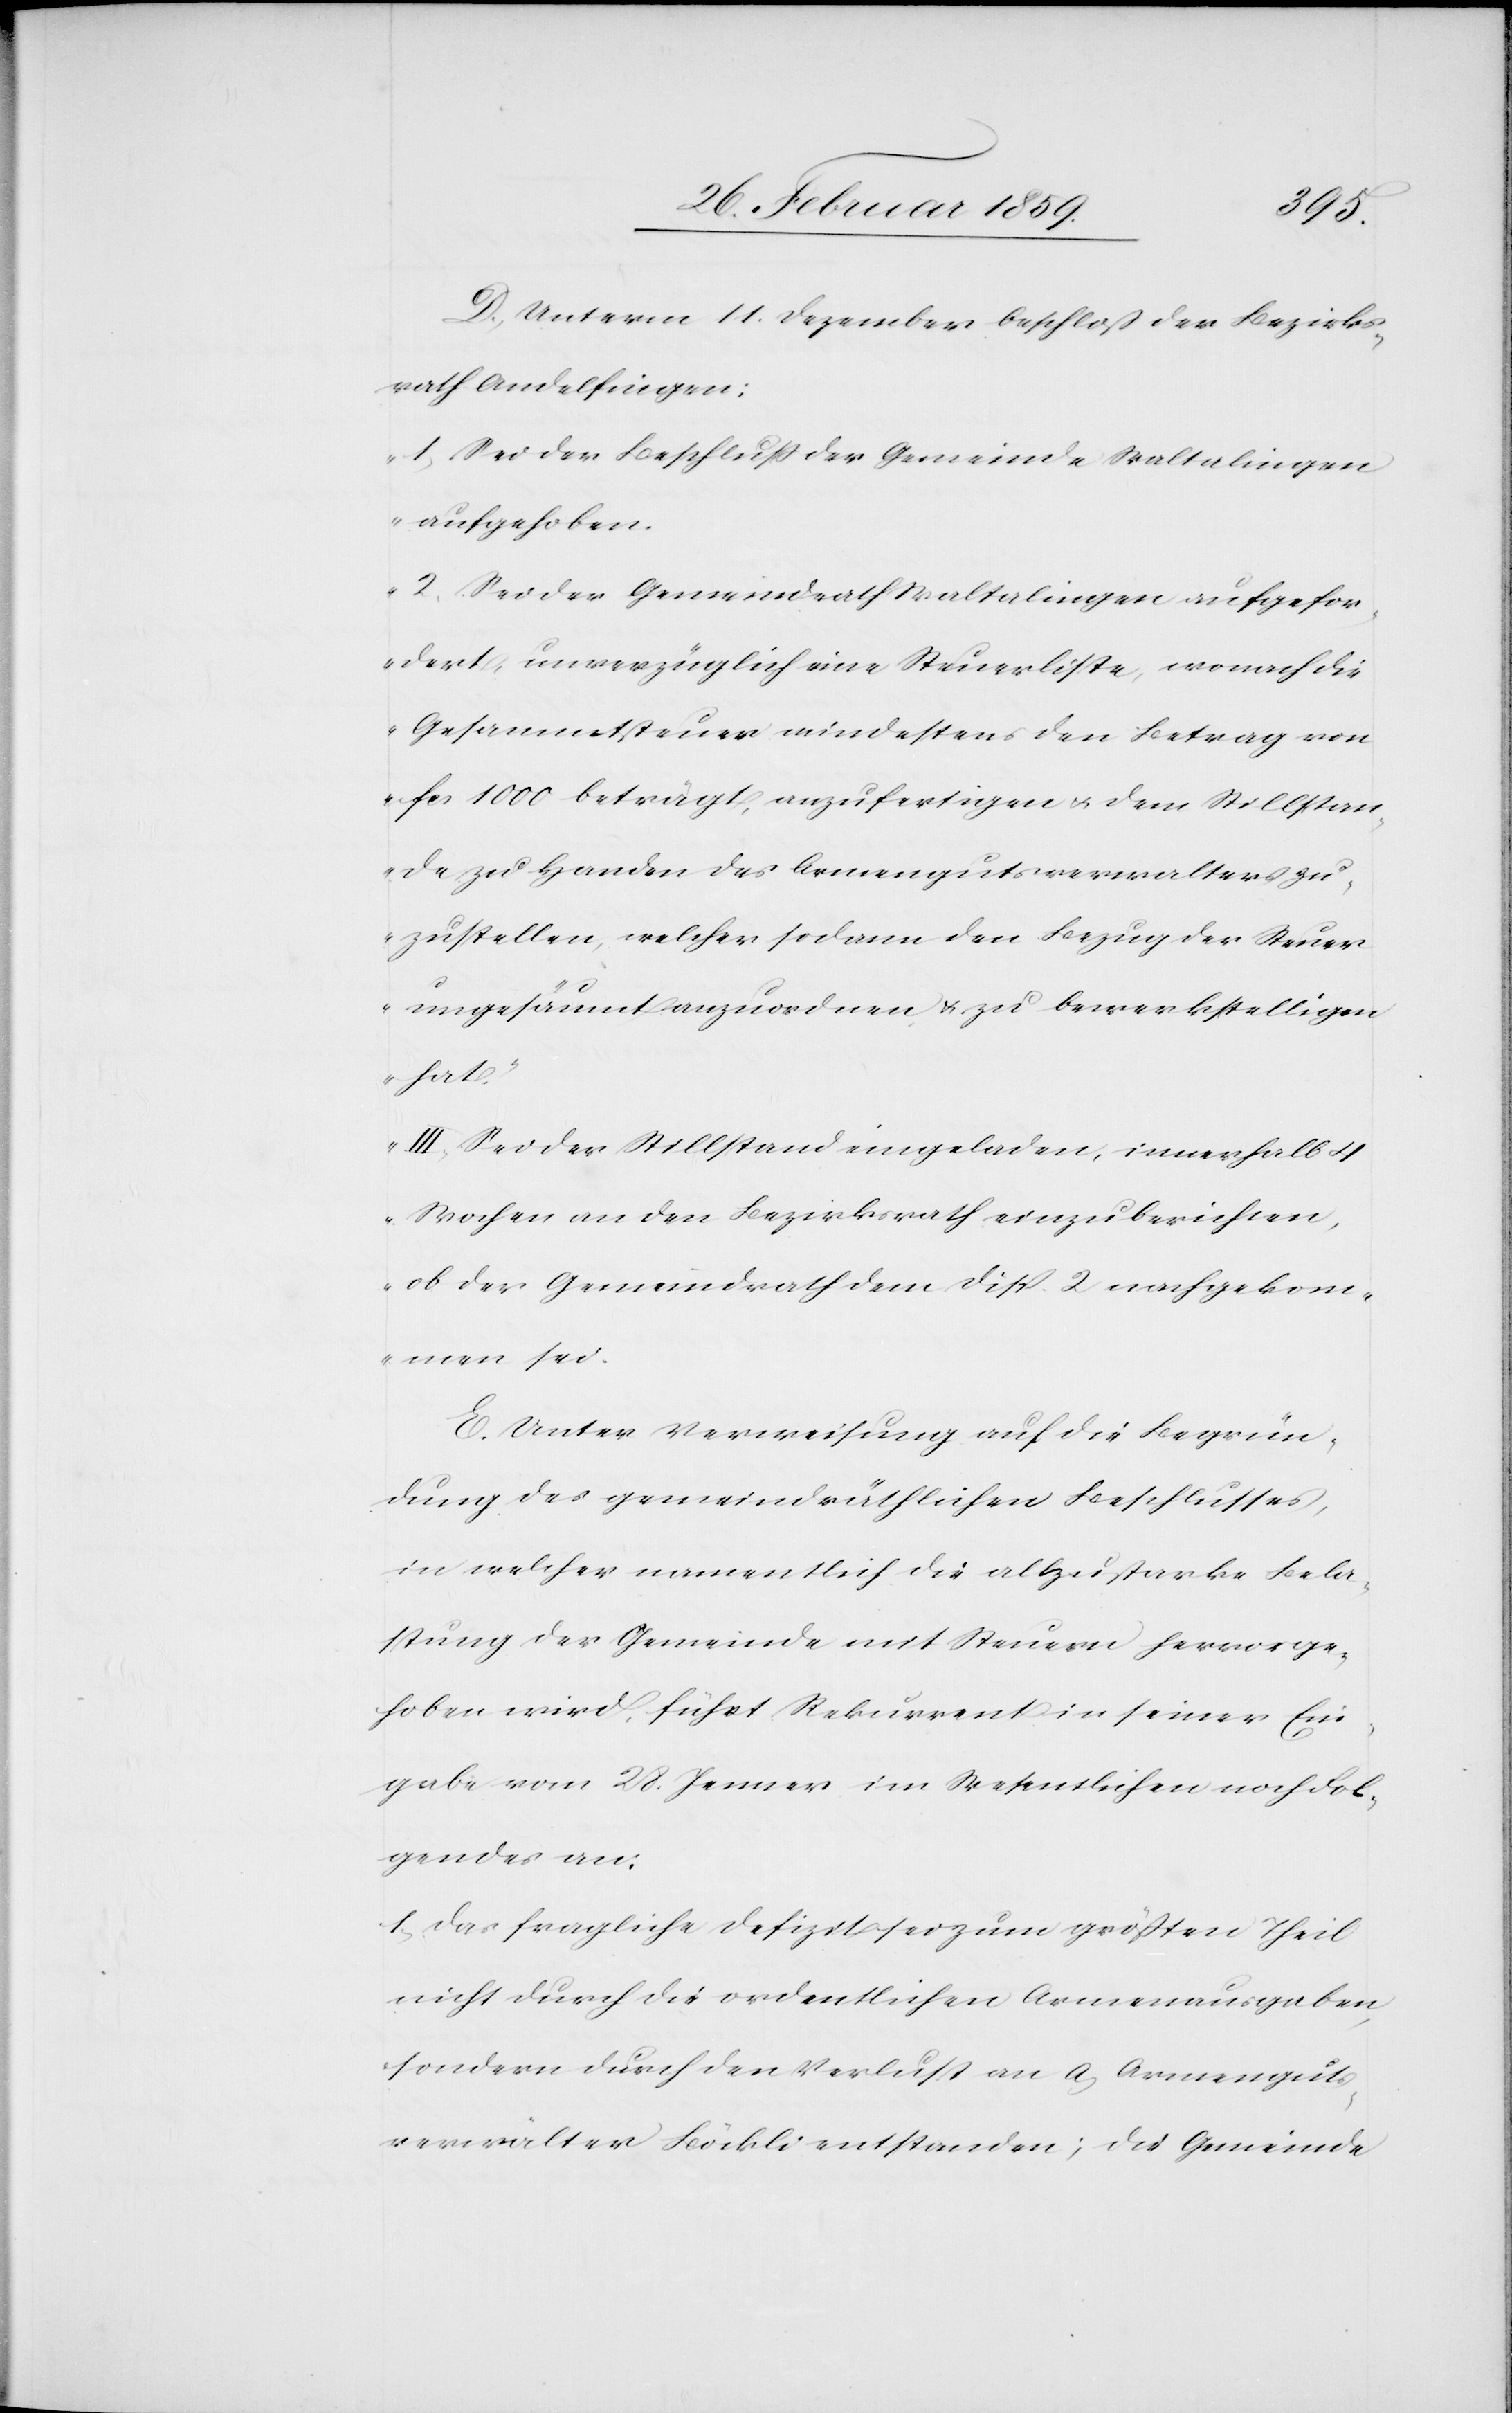
men
D. Unterm 11. Dezember beschloß der Bezirks¬
rath Andelfingen:
„1) Sei der Beschluß der Gemeinde Waltalingen
„2) Sei der Gemeindrath Waltalingen aufgefor¬
dert, unverzüglich eine Steuerliste, wonach die
Gesammtsteuer mindestens den Betrag von
fcs 1000 beträgt, anzufertigen u. dem Stillstan¬
de zu Handen des Armengutsverwalters zu¬
zustellen, welcher sodann den Bezug der Steuer
ungesäumt anzuordnen & zu bewerkstelligen
hat.“
„III) Sei der Stillstand eingeladen, innerhalb 4
Wochen an den Bezirksrath einzuberichten,
ob der Gemeindrath dem Disp. 2 nachgekom¬
E. Unter Verweisung auf die Begrün¬
dung des gemeindräthlichen Beschlusses,
in welcher namentlich die allzustarke Bela¬
stung der Gemeinde mit Steuern hervorge¬
hoben wird, führt Rekurrent in seiner Ein¬
gabe vom 28. Jenner im Wesentlichen noch Fol¬
gendes an:
1) das fragliche Defizit sei zum größten Theil
nicht durch die ordentlichen Armenausgaben,
sondern durch den Verlust an a, Armenguts¬
verwälter Böckli entstanden; die Gemeinde